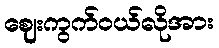
ဈေးကွက်ဝယ်လိုအား